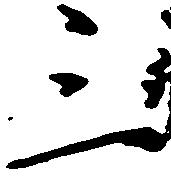
三